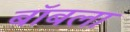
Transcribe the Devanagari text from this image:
बॉबला